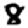
Digit: 8